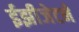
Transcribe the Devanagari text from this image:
ईझीजेटने